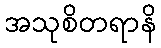
အသုစိတရာနိ